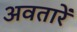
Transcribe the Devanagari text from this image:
अवतारें